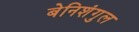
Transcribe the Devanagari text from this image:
बेनिशंगुल